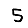
Digit: 5